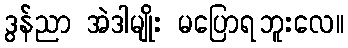
ဒွန်ညာ အဲဒါမျိုး မပြောရဘူးလေ။